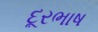
દૂરભાષ